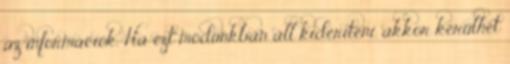
az információk. Ha ezt módunkban áll kideríteni, akkor kerülhet